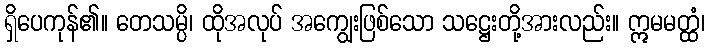
ရှိပေကုန်၏။ တေသမ္ပိ၊ ထိုအလုပ် အကျွေးဖြစ်သော သဋ္ဌေးတို့အားလည်း။ ဣမမတ္ထံ၊